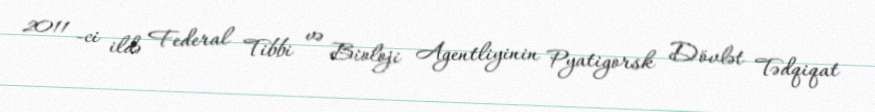
2011 -ci ildə Federal Tibbi və Bioloji Agentliyinin Pyatigorsk Dövlət Tədqiqat